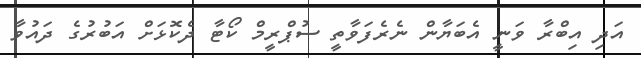
އަދި އިބްރާ ވަނީ އެބަޔާން ނެރެފަވާތީ ސުޕްރީމް ކޯޓާ ދެކޮޅަށް އަބުރުގެ ދައުވާ